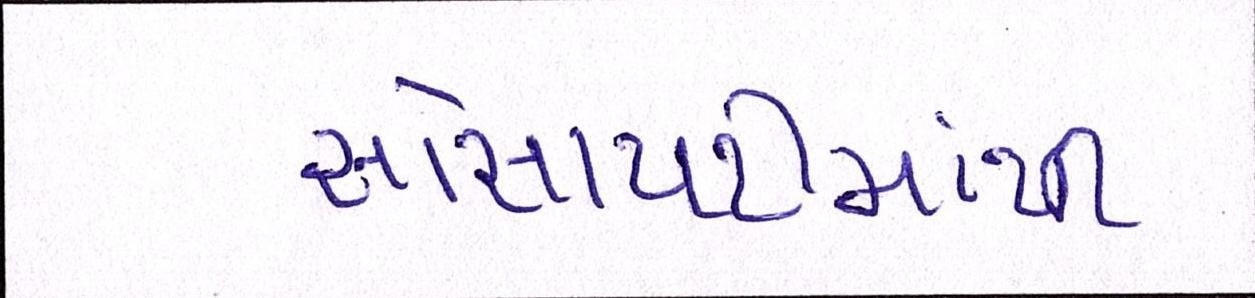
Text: સોસાયટીમાંથી